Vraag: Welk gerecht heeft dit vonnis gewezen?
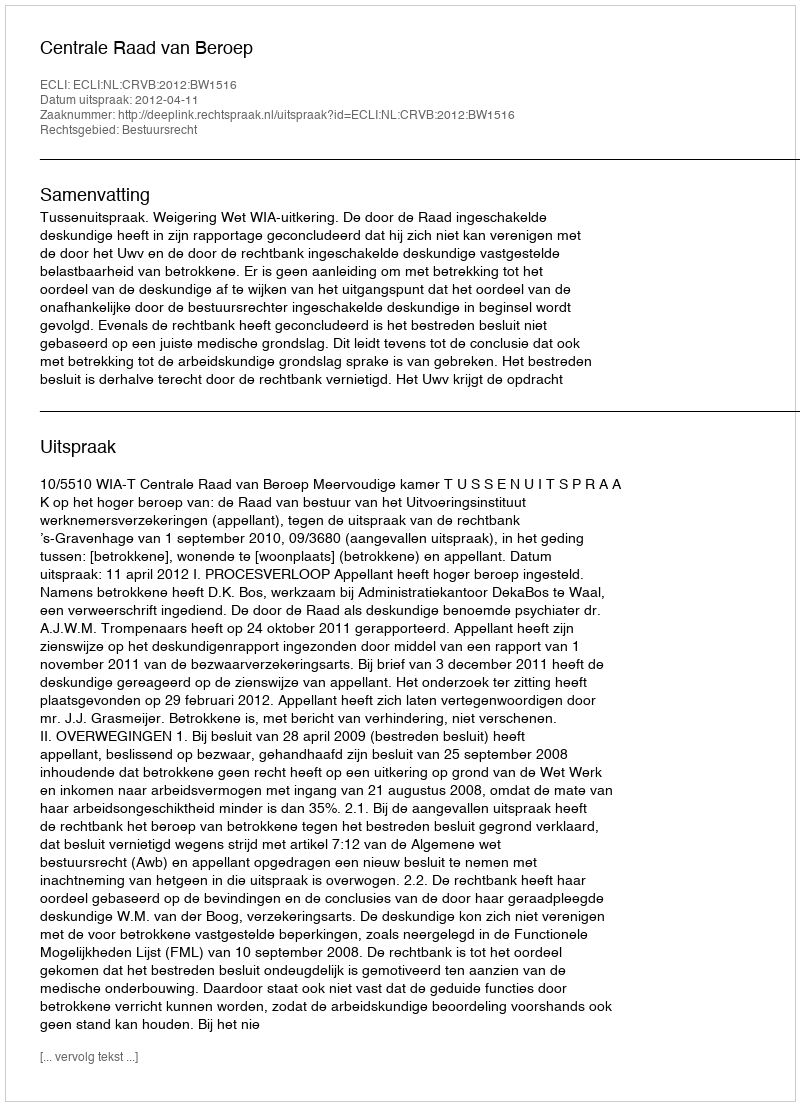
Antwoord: Centrale Raad van Beroep